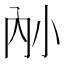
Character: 𪧿